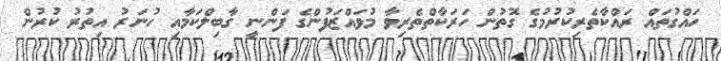
ހައްގުތައް ރައްކާތެރިކުރުމުގެ ގޮތުން ހަރަކާތްތެރިވާ މުވައްޒަފުންގެ ފަންނީ ގާބިލްކަމާއި ހުނަރު އިތުރު ކުރުން